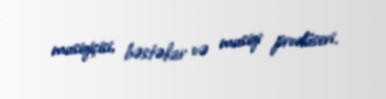
musiqiçisi, bəstəkar və musiqi prodüseri.